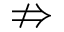
\nRightarrow